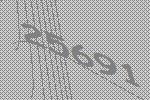
25691